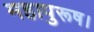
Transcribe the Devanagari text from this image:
महापुरूष।